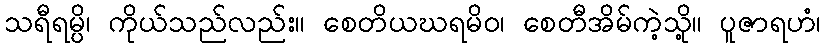
သရီရမ္ပိ၊ ကိုယ်သည်လည်း။ စေတိယဃရမိဝ၊ စေတီအိမ်ကဲ့သို့။ ပူဇာရဟံ၊